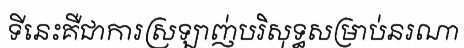
ទីនេះគឺជាការស្រឡាញ់បរិសុទ្ធសម្រាប់នរណា